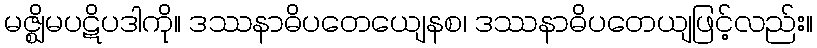
မဇ္ဈိမပဋိပဒါကို။ ဒဿနာဓိပတေယျေနစ၊ ဒဿနာဓိပတေယျဖြင့်လည်း။